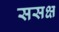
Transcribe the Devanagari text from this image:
ससक्ष